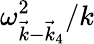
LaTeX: \omega_{\vec{k}-\vec{k}_{4}}^{2}/k